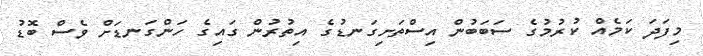
މިފަދަ ކަމެއް ކުރުމުގެ ސަބަބުން އިސްތަށިގަނޑުގެ އިތުރުން ގައިގެ ހަންގަނޑަށް ވެސް ބޮޑު